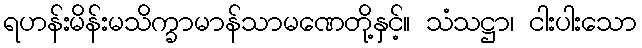
ရဟန်းမိန်းမသိက္ခာမာန်သာမဏေတို့နှင့်။ သံသဋ္ဌာ၊ ငါးပါးသော